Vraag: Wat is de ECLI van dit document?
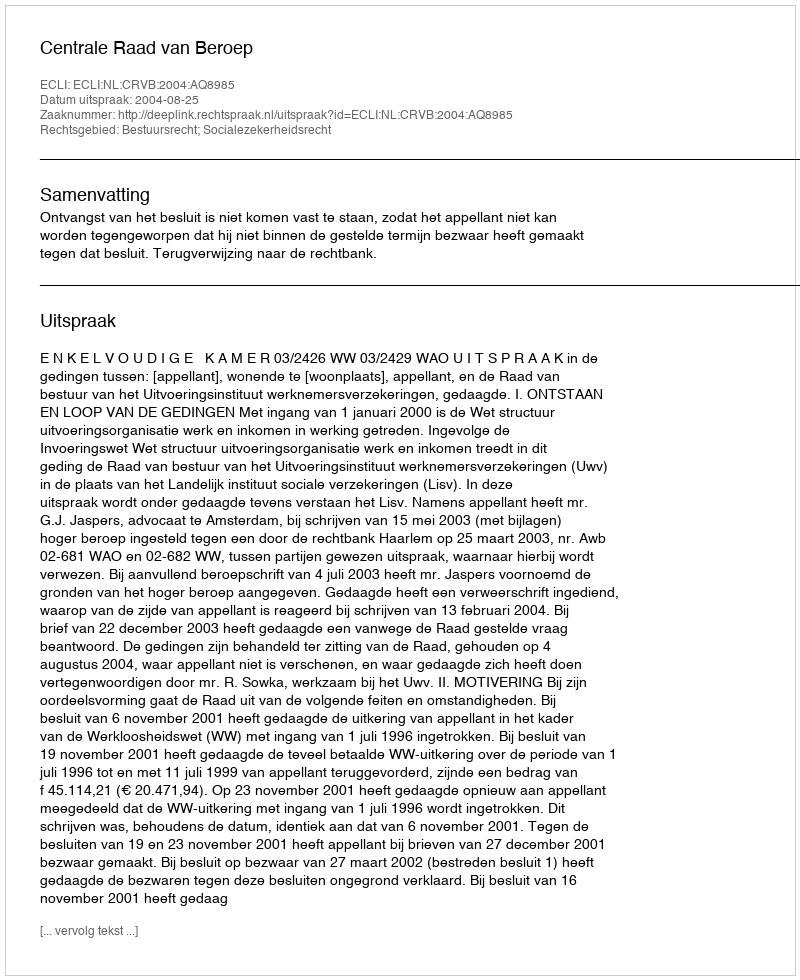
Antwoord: ECLI:NL:CRVB:2004:AQ8985